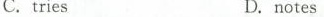
C. triesD. notes